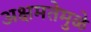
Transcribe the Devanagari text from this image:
अक्षमतेमुळे